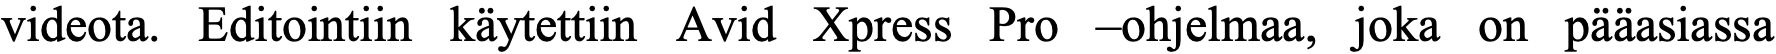
videota. Editointiin käytettiin Avid Xpress Pro –ohjelmaa, joka on pääasiassa